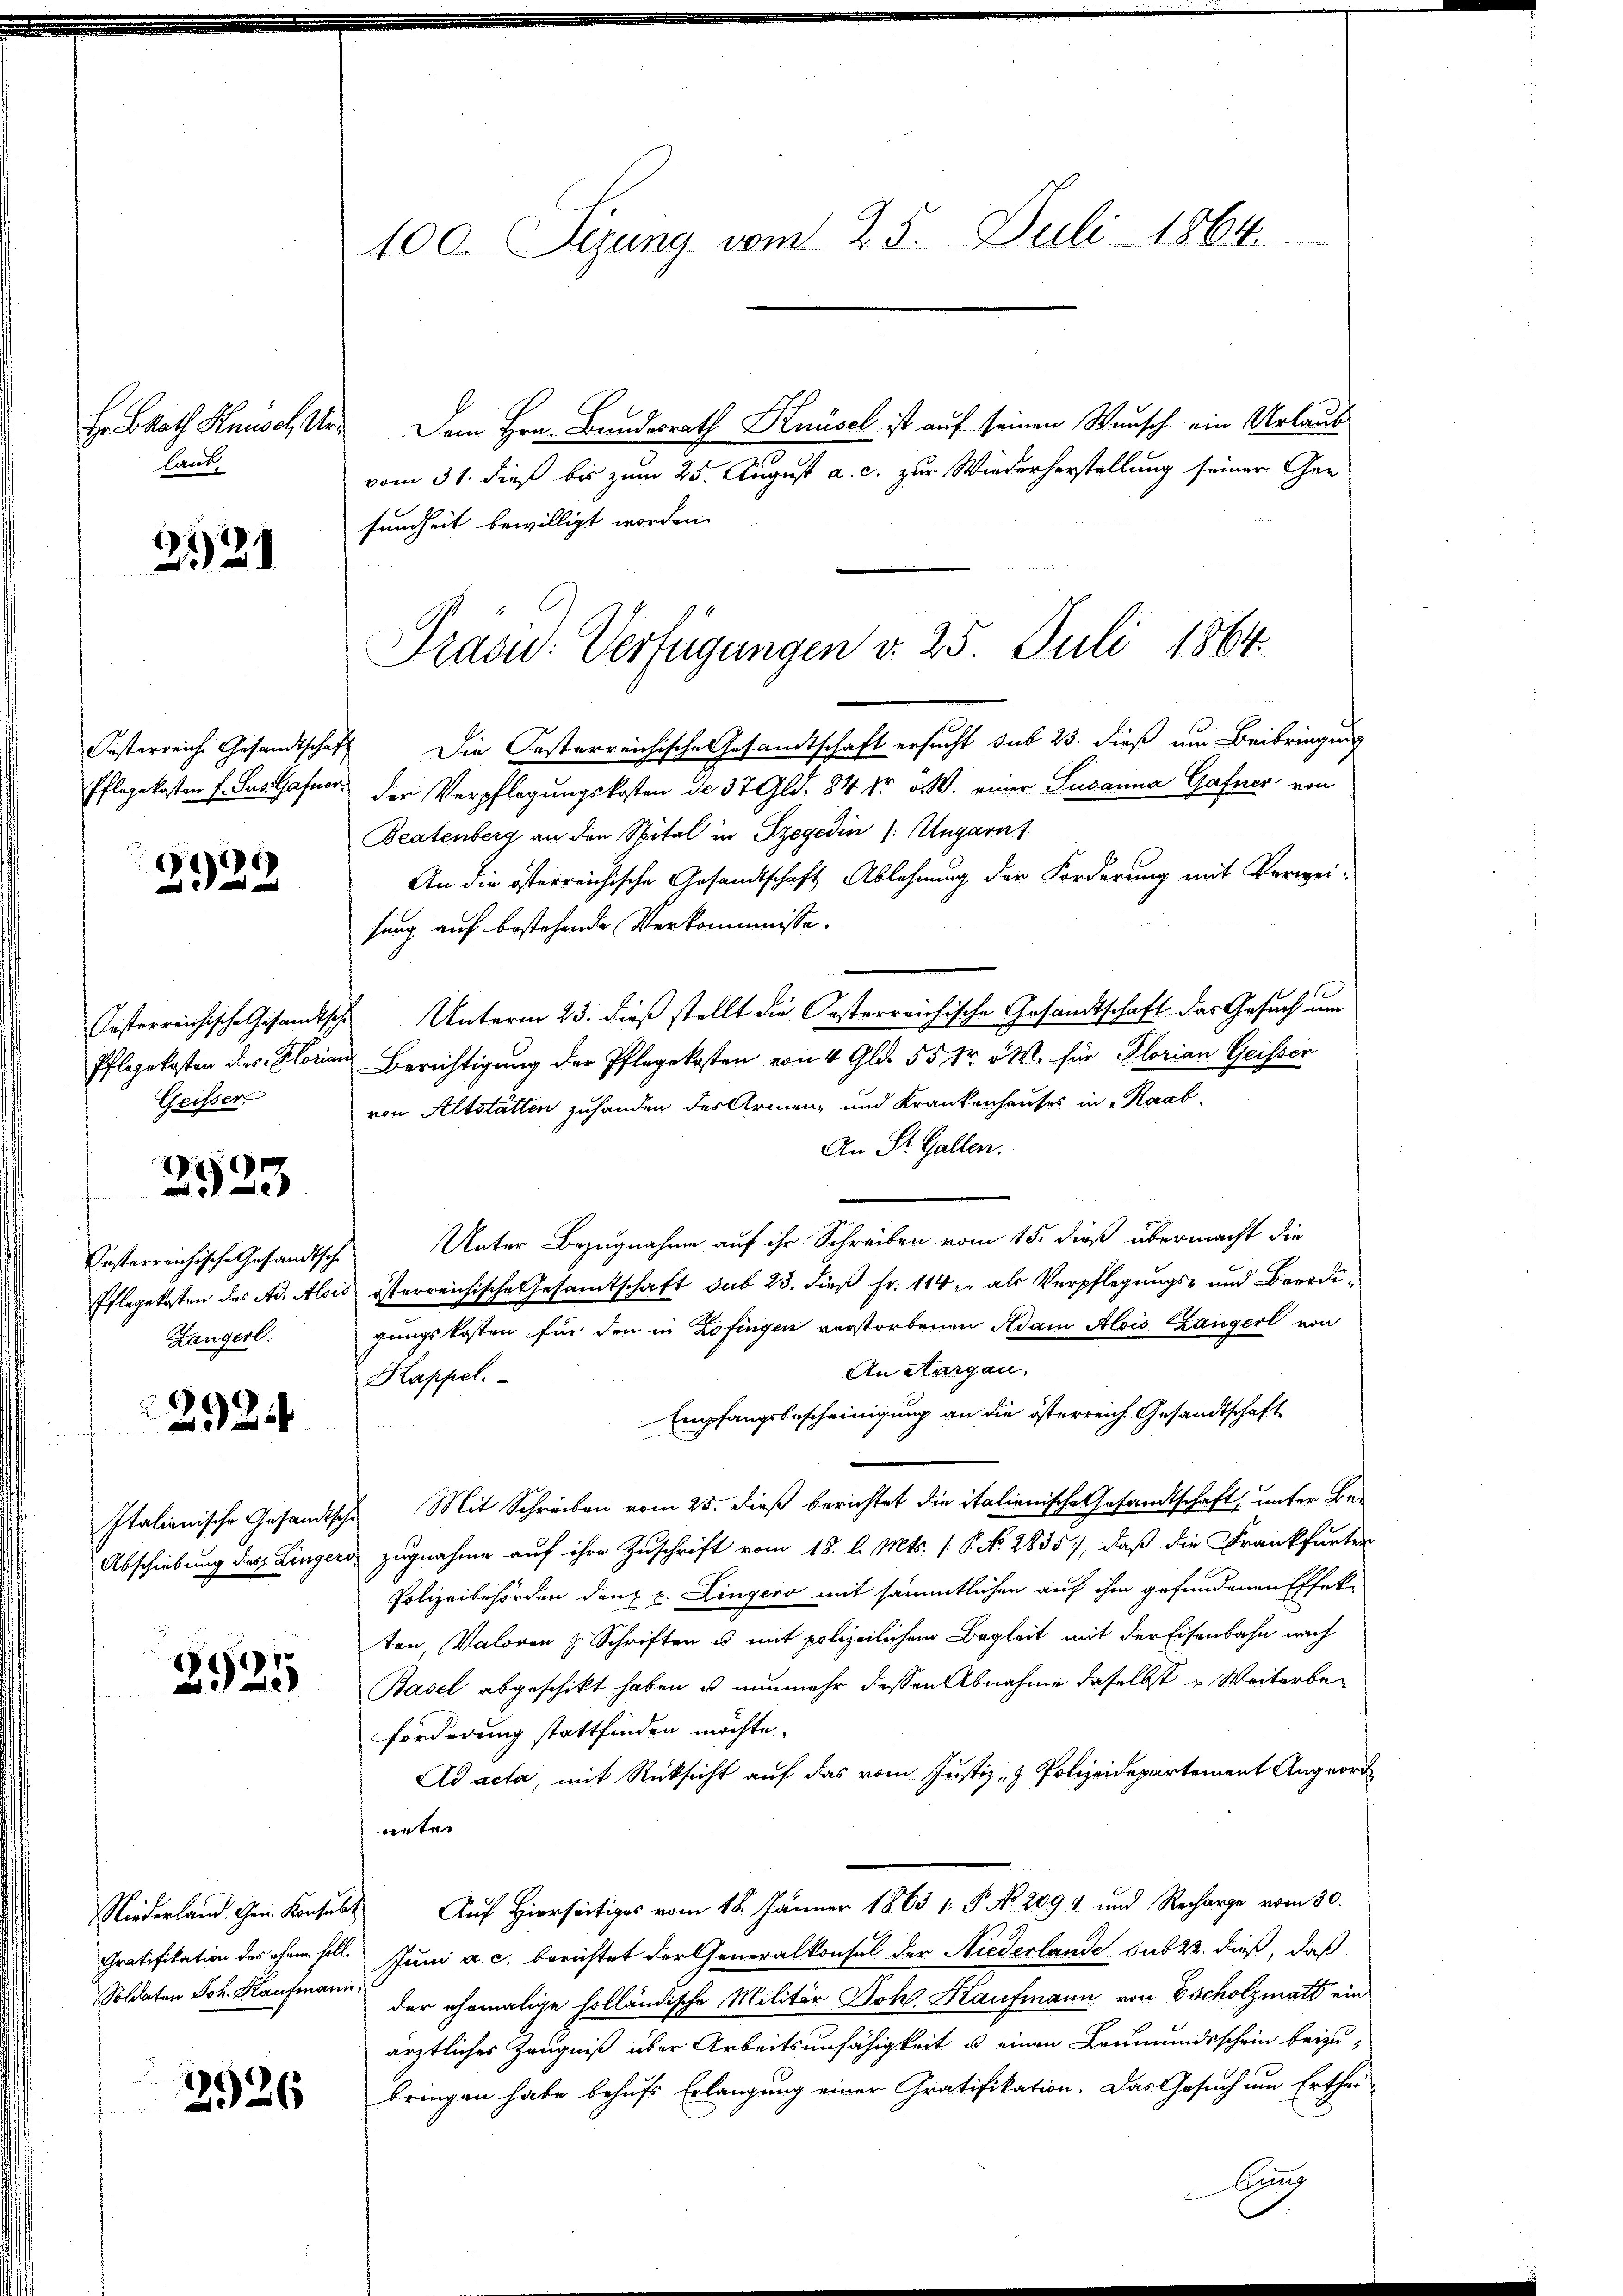
Hr BRath Hausch Ur
laut

221

Fasterreiche Gesandtschaf
Pflegekosten E. Sus. Gafner

2929

Jasterreichische Gesandtsch
Pflegekosten des Floria
Geisser.

1
e

Gesterreichische Gesandtsche
Pflegekosten das Ad. Alois
Zängerl.

22

Italianische Gesandtsch
Abschiebung des Linger

2925

Niederland. Gen. Konsul
Gratifikation des ohnen soll
Soldaten Joh. Kaufmann

2926

100. Sizung vom 25. Juli 1864.

Dem Hrn. Bundesrath Knüsel ist auf seinen Wunsch ein Urlaub
vom 31. dieß bis zum 25. August a. c. zur Wiederherstellung seiner Gen
sundheit bewilligt worden.
 Die Oesterreichische Gesandtschaft ersucht sub 25. dieß um Beibringung
der Verpflegungskosten de 37 Gld. 84 kr. v. W. einer Susanna Gafner von
Beatenberg an den Spital in Szegedin (: Ungarnt
An die österreichische Gesandtschaft Ablehnung der Forderung mit Verweisung auf bestehende Verkommnisse.
Unterm 23. dieß stellt die Oesterreichische Gesandtschaft das Gesuch um
Berichtigung der Pflegekosten von 4 Gl. 55 Sr. W. für Florian Geisser
von Altstätten zuhanden des Armenz und Krankenhauses in Raab
An St. Gallen.
Unter Bezugnahme auf ihr Schreiben vom 15. dieß übermacht die
österreichische Gesamtschaft sub 23. dieß Fr. 114 in als Verpflegungs- und Beerdigungskosten für den in Zofingen verstorbenen Adam Alois Langerl von
An Aargau.
Kappel.
Empfangsbescheinigung an die österreich. Gesandtschaft
 Mit Schreiben vom 25. dieß berichtet die italienische Gesandtschaft, unter Be-
zugnahme auf ihre Zuschrift vom 18. d. Mts. f. P. N. 2835, daß die Frankfurter
Polizeibehörden den u. Lingers mit sämmtlichen auf ihm gefundenen Effekten, Valoren z. Schriften es mit polizeilichem Begleit mit der Eisenbahn nach
Basel abgeschikt haben ist nunmehr dessen Abnahme daselbst u Weiterbeforderung stattfinden möchte.
Ad acta, mit Rücksicht auf das vom Justiz- & Polizeidepartement Angeord
unter
 Auf Hierseitiges vom 18. Jänner 1863 1: P. No. 2091 und Recharge vom 30.
Juni a. c. berichtet der Generalkonsul der Niederlande sub 22. dieß, daß
der ehemalige holländische Militär Joh. Kaufmann von Gscholzmatt ein
ärztliches Zeugniß über Arbeitsunfähigkeit u. einen Leumundsschein beizubringen habe behufs Erlangung einer Gratifikation. Das Gesuch um Erthei-
dung

Pras: Verfügungen v. 25. Juli 1864.